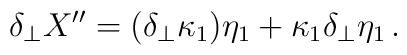
\delta_\perp X'' = (\delta_\perp \kappa_1 ) \eta_1 + \kappa_1 \delta_\perp \eta_1\,.